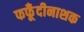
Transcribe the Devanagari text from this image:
फफूँदीनाशक